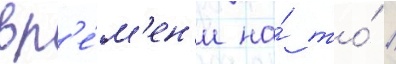
вр'е́м'ен'и на́ то́ /